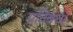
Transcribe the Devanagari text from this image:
प्रतिबधा